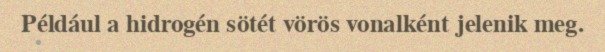
Például a hidrogén sötét vörös vonalként jelenik meg.